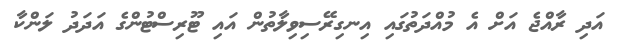
އަދި ރާއްޖެ އަށް އެ މުއްދަތުގައި އިނގިރޭސިވިލާތުން އައި ޓޫރިސްޓުންގެ އަދަދު ލަންކާ